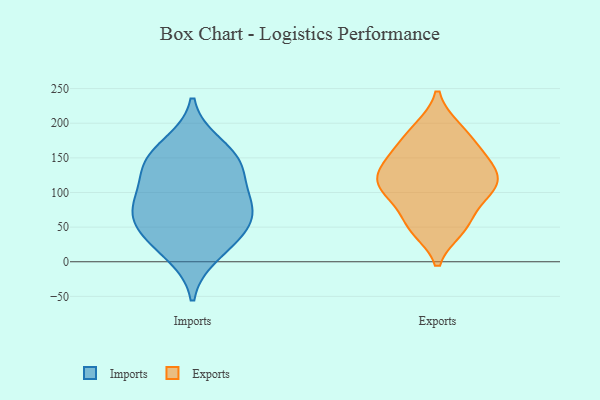
{"axis": {"x": "Active Users", "y": "Value"}, "legend": ["Exports", "Imports"], "data": [{"x": "", "y": 11, "type": "Imports"}, {"x": "", "y": 140, "type": "Imports"}, {"x": "", "y": 142, "type": "Imports"}, {"x": "", "y": 89, "type": "Imports"}, {"x": "", "y": 169, "type": "Imports"}, {"x": "", "y": 139, "type": "Imports"}, {"x": "", "y": 61, "type": "Imports"}, {"x": "", "y": 36, "type": "Imports"}, {"x": "", "y": 45, "type": "Imports"}, {"x": "", "y": 82, "type": "Imports"}, {"x": "", "y": 84, "type": "Imports"}, {"x": "", "y": 52, "type": "Exports"}, {"x": "", "y": 119, "type": "Exports"}, {"x": "", "y": 135, "type": "Exports"}, {"x": "", "y": 147, "type": "Exports"}, {"x": "", "y": 48, "type": "Exports"}, {"x": "", "y": 120, "type": "Exports"}, {"x": "", "y": 93, "type": "Exports"}, {"x": "", "y": 98, "type": "Exports"}, {"x": "", "y": 192, "type": "Exports"}, {"x": "", "y": 155, "type": "Exports"}, {"x": "", "y": 163, "type": "Exports"}, {"x": "", "y": 108, "type": "Exports"}, {"x": "", "y": 190, "type": "Exports"}, {"x": "", "y": 111, "type": "Exports"}, {"x": "", "y": 54, "type": "Exports"}]}